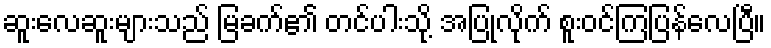
ဆူးလေဆူးများသည် မြခက်၏ တင်ပါးသို့ အပြုံလိုက် စူးဝင်ကြပြန်လေပြီ။